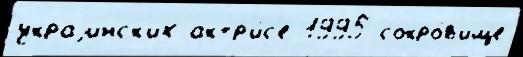
украjинск'их актр'и́с'е 1995 сокро́в'ище